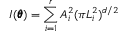
I ( \pmb \theta ) = \sum _ { i = 1 } ^ { r } A _ { i } ^ { 2 } ( \pi L _ { i } ^ { 2 } ) ^ { d / 2 }